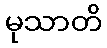
မုသာတိ